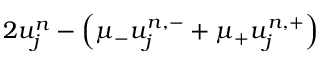
2 u _ { j } ^ { n } - \left( \mu _ { - } u _ { j } ^ { n , - } + \mu _ { + } u _ { j } ^ { n , + } \right)